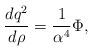
LaTeX: \begin{align*}{dq^{2} \over d\rho} = { 1 \over \alpha^{4}} \Phi,\end{align*}